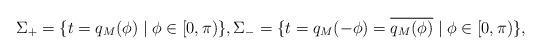
LaTeX: \begin{align*} \Sigma_+ = \{t = q_{M}(\phi) \mid \phi \in [0, \pi)\}, \Sigma_- = \{t = q_{M}(-\phi) = \overline{q_{M}(\phi)} \mid \phi \in [0, \pi)\},\end{align*}